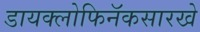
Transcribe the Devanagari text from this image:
डायक्लोफिनॅकसारखे